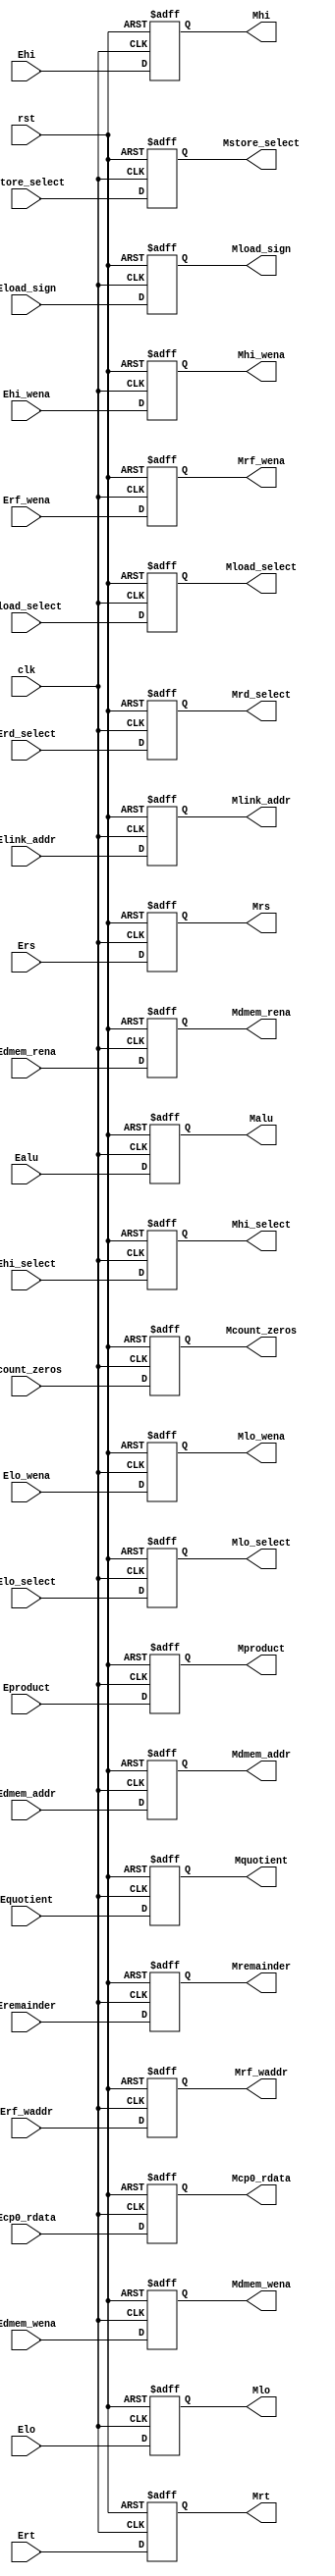
`timescale 1ns / 1ps

// EXE / MEM  EXE 
module PipeEMreg(
    input clk,
    input rst,
    input [31:0] Ealu,
    input [63:0] Eproduct,
    input [31:0] Equotient,
    input [31:0] Eremainder,
    input [31:0] Ecount_zeros,
    input [31:0] Ehi,
    input [31:0] Elo,
    input [31:0] Ers,
    input [31:0] Ert,
    input [31:0] Ecp0_rdata,
    input [31:0] Elink_addr,
    input [31:0] Edmem_addr,
    input [4:0] Erf_waddr,
    input Erf_wena,
    input Ehi_wena,
    input Elo_wena,
    input Edmem_wena,
    input Edmem_rena,
    input Eload_sign,
    input [2:0] Eload_select,
    input [2:0] Estore_select,
    input [1:0] Ehi_select,
    input [1:0] Elo_select,
    input [2:0] Erd_select,
    output reg [31:0] Malu,
    output reg [63:0] Mproduct,
    output reg [31:0] Mquotient,
    output reg [31:0] Mremainder,
    output reg [31:0] Mcount_zeros,
    output reg [31:0] Mhi,
    output reg [31:0] Mlo,
    output reg [31:0] Mrs,
    output reg [31:0] Mrt,
    output reg [31:0] Mcp0_rdata,
    output reg [31:0] Mlink_addr,
    output reg [31:0] Mdmem_addr,
    output reg [4:0] Mrf_waddr,
    output reg Mrf_wena,
    output reg Mhi_wena,
    output reg Mlo_wena,
    output reg Mdmem_wena,
    output reg Mdmem_rena,
    output reg Mload_sign,
    output reg [2:0] Mload_select,
    output reg [2:0] Mstore_select,
    output reg [1:0] Mhi_select,
    output reg [1:0] Mlo_select,
    output reg [2:0] Mrd_select
);

    always @ (posedge clk or posedge rst)
    begin
        if (rst == 1)
        begin
            Malu <= 0;
            Mproduct <= 0;
            Mquotient <= 0;
            Mremainder <= 0;
            Mcount_zeros <= 0;
            Mhi <= 0;
            Mlo <= 0;
            Mrs <= 0;
            Mrt <= 0;
            Mcp0_rdata <= 0;
            Mlink_addr <= 0;
            Mdmem_addr <= 0;
            Mrf_waddr <= 0;
            Mrf_wena <= 0;
            Mhi_wena <= 0;
            Mlo_wena <= 0;
            Mdmem_wena <= 0;
            Mdmem_rena <= 0;
            Mload_sign <= 0;
            Mload_select <= 0;
            Mstore_select <= 0;
            Mhi_select <= 0;
            Mlo_select <= 0;
            Mrd_select <= 0;
        end
        else
        begin
            Malu <= Ealu;
            Mproduct <= Eproduct;
            Mquotient <= Equotient;
            Mremainder <= Eremainder;
            Mcount_zeros <= Ecount_zeros;
            Mhi <= Ehi;
            Mlo <= Elo;
            Mrs <= Ers;
            Mrt <= Ert;
            Mcp0_rdata <= Ecp0_rdata;
            Mlink_addr <= Elink_addr;
            Mdmem_addr <= Edmem_addr;
            Mrf_waddr <= Erf_waddr;
            Mrf_wena <= Erf_wena;
            Mhi_wena <= Ehi_wena;
            Mlo_wena <= Elo_wena;
            Mdmem_wena <= Edmem_wena;
            Mdmem_rena <= Edmem_rena;
            Mload_sign <= Eload_sign;
            Mload_select <= Eload_select;
            Mstore_select <= Estore_select;
            Mhi_select <= Ehi_select;
            Mlo_select <= Elo_select;
            Mrd_select <= Erd_select;
        end
    end

endmodule